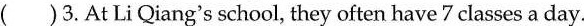
( )3.At Li Qiang's school, they often have 7 classes a day.